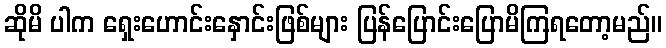
ဆိုမိ ပါက ရှေးဟောင်းနှောင်းဖြစ်များ ပြန်ပြောင်းပြောမိကြရတော့မည်။